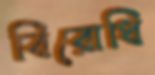
বিরোধি